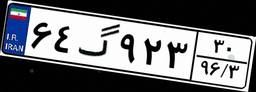
۶۴گ۹۲۳۳۰